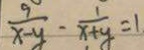
\frac { 9 } { x - y } - \frac { 1 } { x + y } = 1